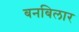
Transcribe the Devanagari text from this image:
बनबिलार